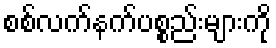
စစ်လက်နက်ပစ္စည်းများကို